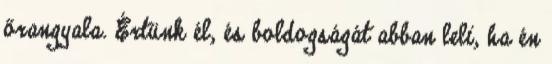
őrangyala. Értünk él, és boldogságát abban leli, ha én